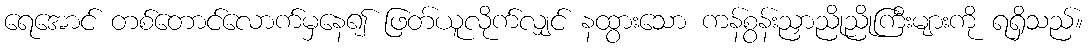
ရေအောင် တစ်တောင်လောက်မှနေ၍ ဖြတ်ယူလိုက်လျှင် နထွားသော ကန်စွန်းညှာညိုညိုကြီးများကို ရရှိသည်။